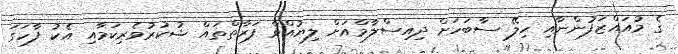
ގެ މުއައްޒަފުންނާއި ހިލޭ ސާބަހަށް ދިއިސްލާމްއަށް ލިޔުއްވާ ފަރާތްތައް ޝުކުރުވެރިކަމާއި އެކު ފާހަގަ